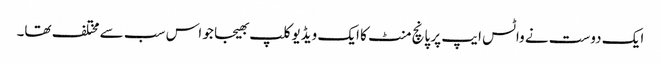
ایک دوست نے واٹس ایپ پر پانچ منٹ کا ایک ویڈیوکلپ بھیجا جو اس سب سے مختلف تھا۔